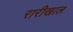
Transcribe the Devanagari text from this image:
रारीखाल